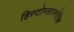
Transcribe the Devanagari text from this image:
हिस्टोप्लाज्मोसिस